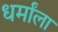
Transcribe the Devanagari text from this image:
धर्मांला